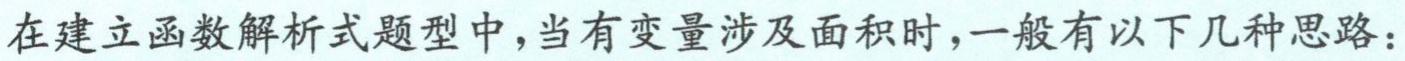
在建立函数解析式题型中，当有变量涉及面积时，一般有以下几种思路：